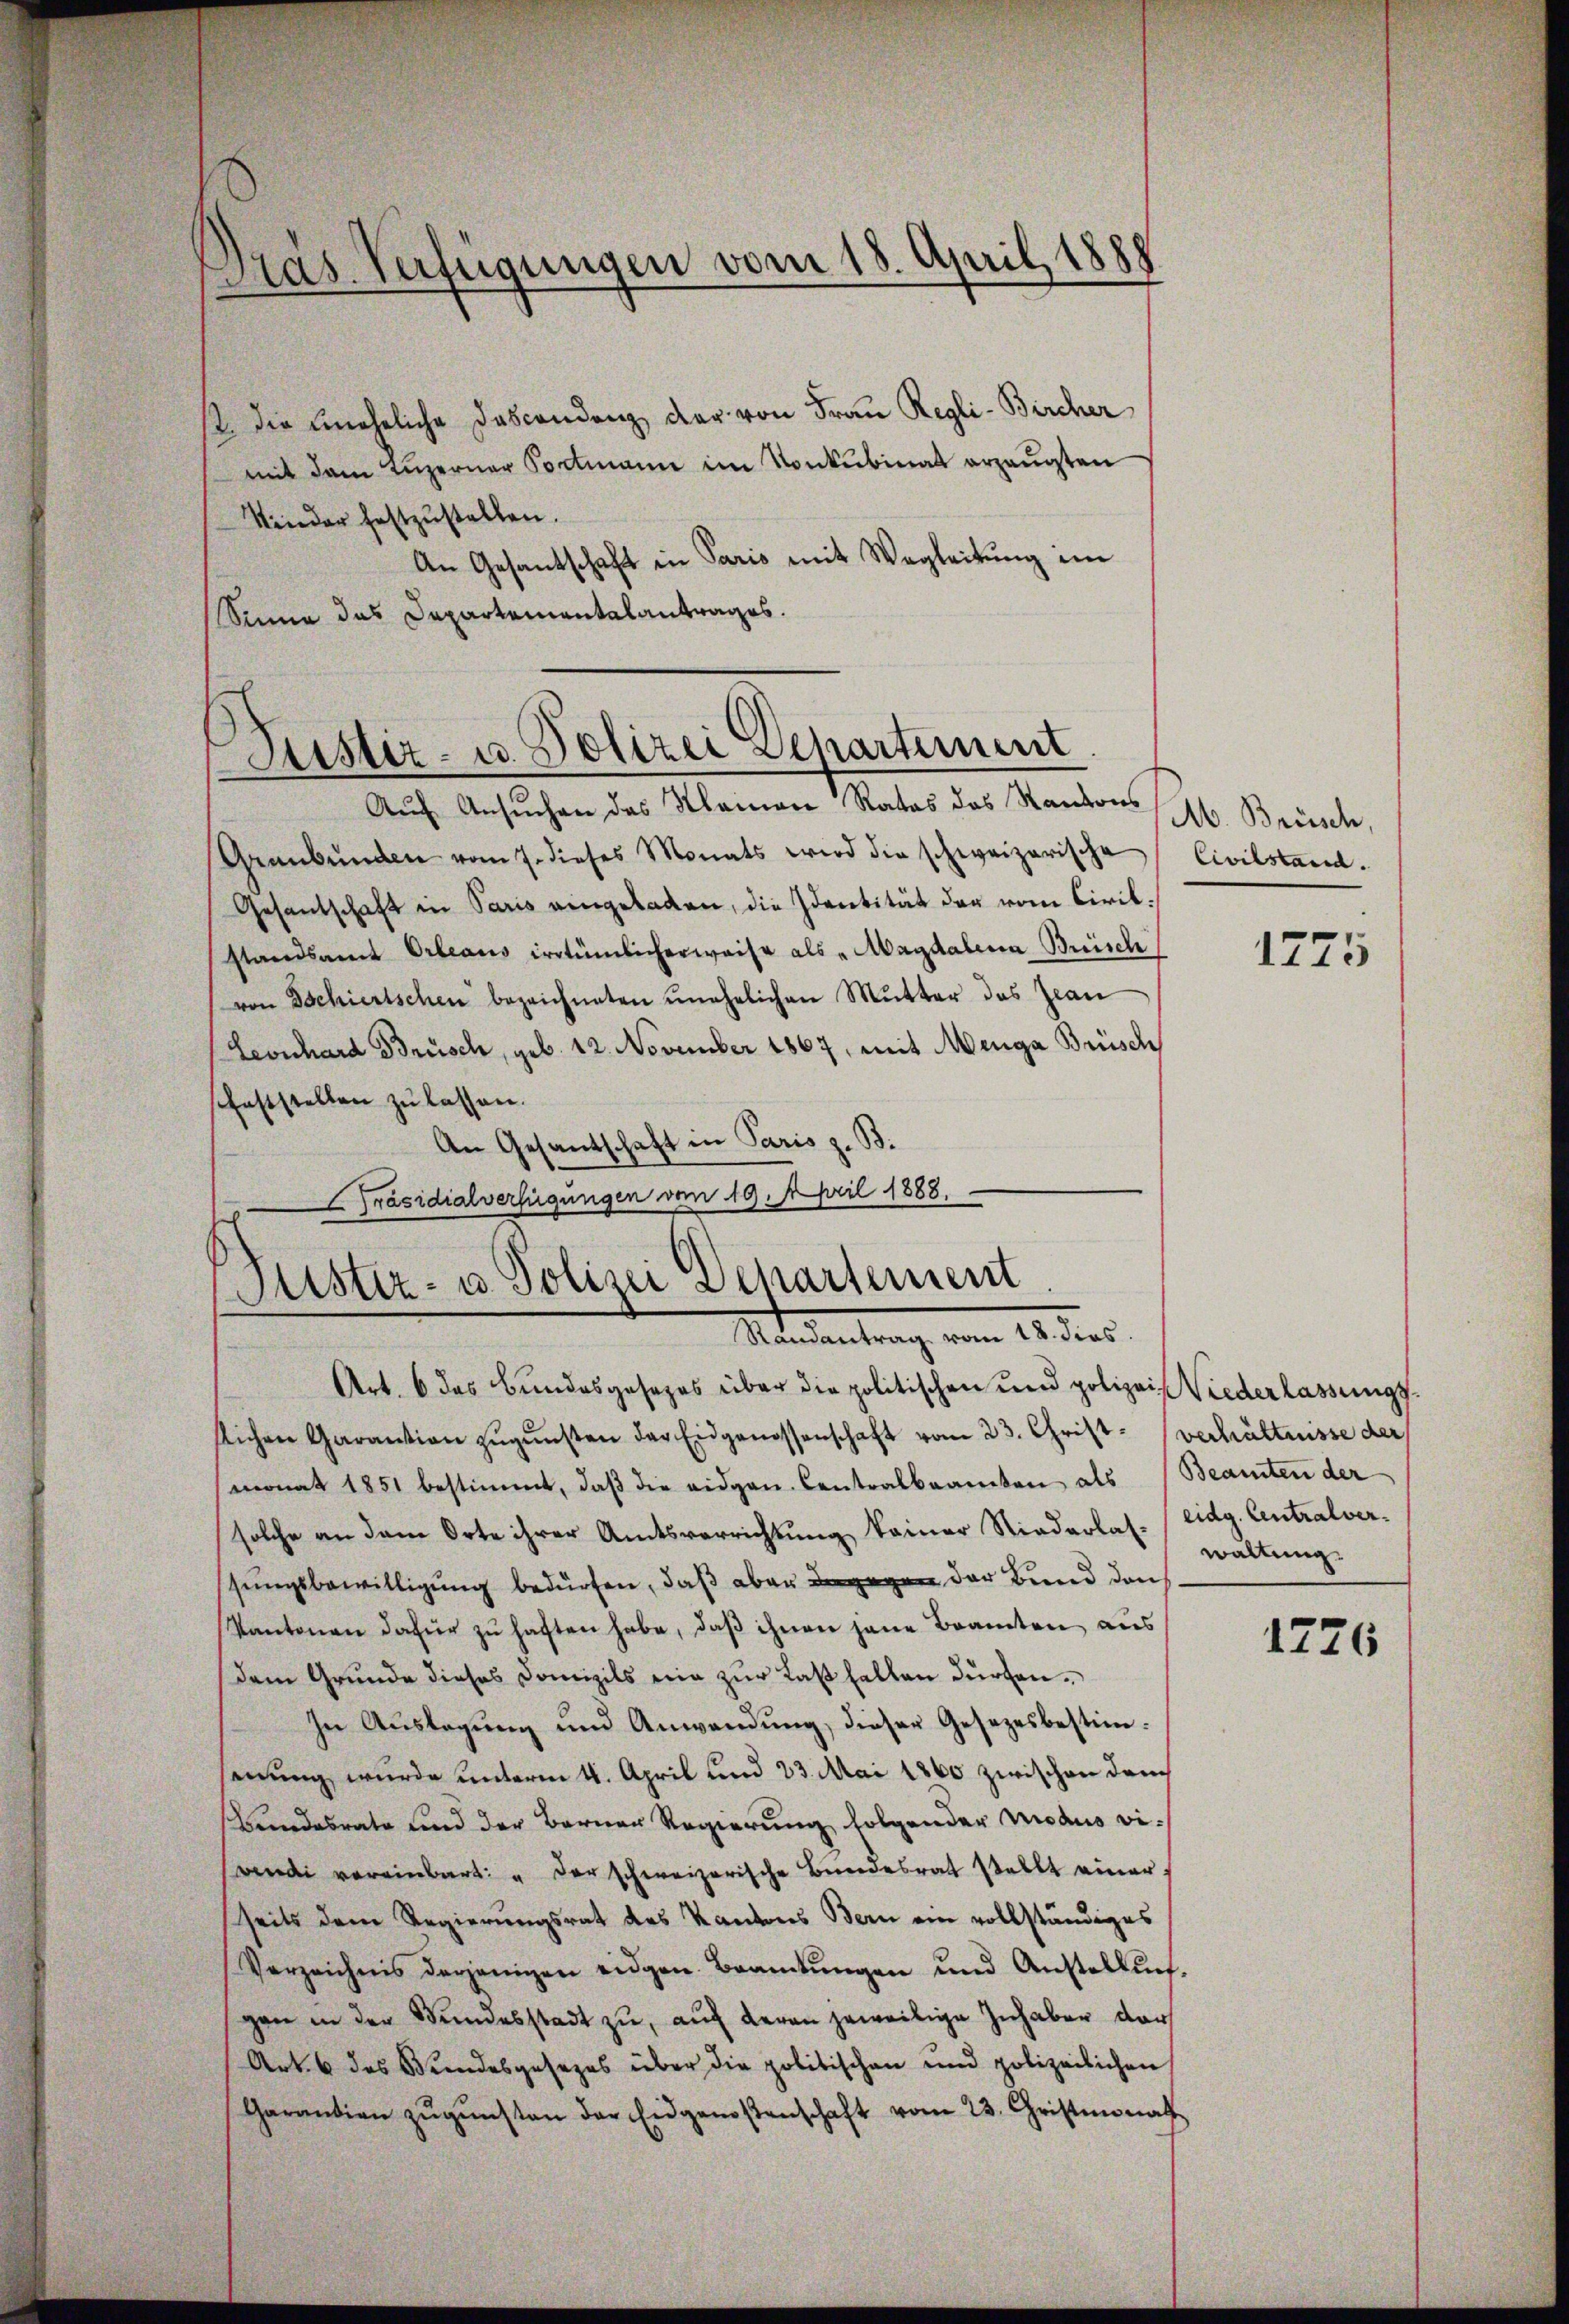
Pras Verfügungen vom 18. April 1888

st die uneheliche Dascondenz der von Frau Regli-Bircher
mit dem Luzerner Portmann im Konkubinat erzeugten
Kinder festzustellen.
An Gesantschaft in Paris mit Wegleitung im
.
Winne das Departementalantrages.

Justiz- u. Polizei Departement

Auf Ansuchen des Namen Rates des Kantons
Graubünden vom 7. dieses Monats wird die schweizerische Civilstand.
Gesantschaft in Paris eingeladen, die Identität der vom Civilstandsamt Orbeaus irrtümlicherweise als „Magdalena Breisch
von Tschiertschen bezeichneten unehelichen Mutter das Jean
Leonhard Brüsch, geb. 12. November 1867, mit Menga Brüsch
schaftstellen zŭ lassen.
An Gesandschaft in Paris z. B.
Präsidialverfügungen vom 19. April 1888.
.
Puster- u Polizei Departement
Art. 6 des Bundesgesezes über die politischen und polizei Niederlassungsslichen Garantion zŭgŭnsten der Eidgenossenschaft vom 23. Christ verhältnisse der
monat 1851 bestimmt, daβ die eidgen. Centralbeamten als Beamten der
solche an dem Orte ihrer Amtsverrichtung keiner Niederlas. / eidg. Centralversungsbewilligung bedürfen, daß aber dagegen der Bund durch
Kantonen dafür zŭ haften habe, daβ ihnen jene Beamten aus
dem Grunde dieses Domizils ein zur Last fallen dürfen.
In Auslagung und Anwendŭng, dieser Gesetzesbestimmung, wurde unterm 4. April und 23. Mai 1860 zwischen dauch
Bundesrate und der Berner Regierung folgender Modus vi¬
Candi vereinbart: " der schweizerische Bŭndesrat stellt einer
seits dem Regierungsrat des Kantons Bern ein vollständiges
Verzeichnis derjenigen eidgen. Beamtungen und Anstellŭng
gan in der Bundesstadt zu, auf deren jeweilige Inhaber der
Art. 6 des Bundesgesezes über die politischen und polizeilichen
Garantien zŭgŭnsten der Eidgenoßenschaft vom 23. Christmonat

Mandantrag vom 18. des

Ab. Brüsch,

1775

waltung.

1226